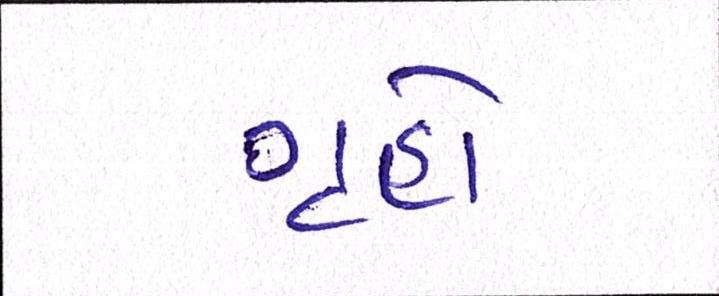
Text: ગૃહો